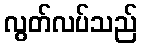
လွတ်လပ်သည်